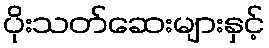
ပိုးသတ်ဆေးများနှင့်